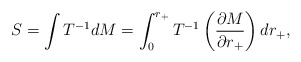
\begin{align*}S = \int T^{-1}dM =\int ^{r_+}_0 T^{-1}\left (\frac{\partial M} {\partial r_+}\right) dr_+,\end{align*}